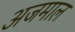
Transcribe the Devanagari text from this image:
अजमाल